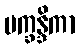
ပက္ခန္ဒိကာ